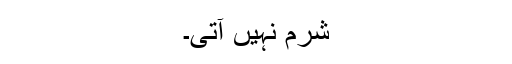
شرم نہیں آتی۔